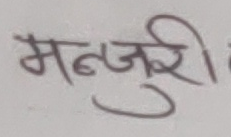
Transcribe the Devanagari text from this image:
मन्जुरी